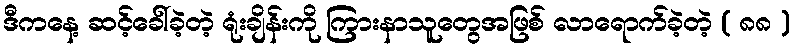
ဒီကနေ့ ဆင့်ခေါ်ခဲ့တဲ့ ရုံးချိန်းကို ကြားနာသူတွေအဖြစ် လာရောက်ခဲ့တဲ့ ( ၈၈ )